Rules and regulations of the two years' vernacular class
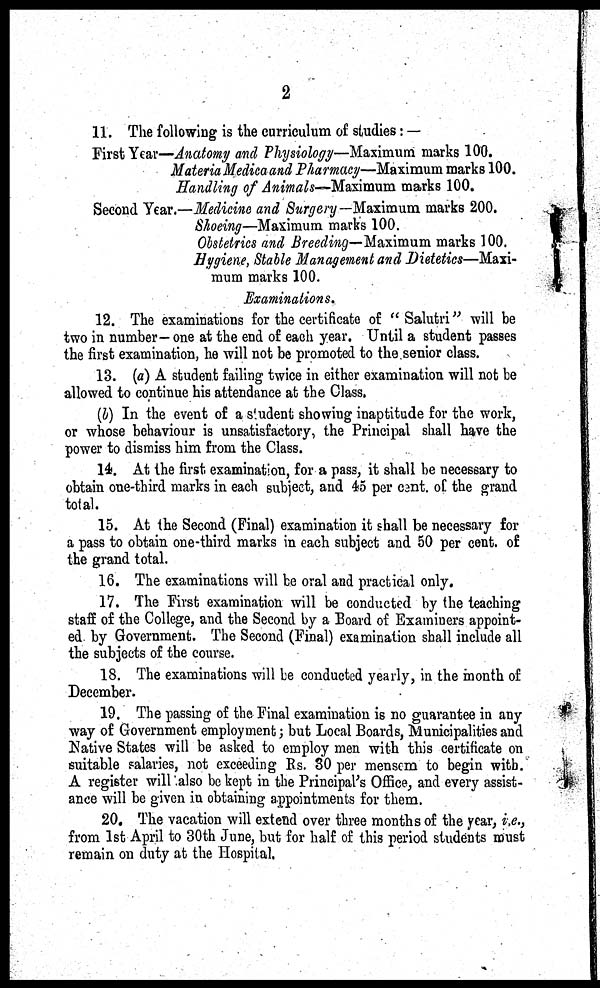
2
11. The following is the curriculum of studies: —
First Year—Anatomy and Physiology—Maximum marks 100.
Materia Medica and Pharmacy—Maximum marks 100.
Handling of Animals-Maximum marks 100.
Second Year.—Medicine and Surgery—Maximum marks 200.
Shoeing—Maximum marks 100.
Obstetrics and Breeding—Maximum marks 100.
Hygiene, Stable Management and Dietetics—Maxi-
mum marks 100.
Examinations.
12. The examinations for the certificate of " Salutri" will be
two in number—one at the end of each year. Until a student passes
the first examination, he will not be promoted to the senior class.
13. (a) A student failing twice in either examination will not be
allowed to continue his attendance at the Class.
(b) In the event of a student showing inaptitude for the work,
or whose behaviour is unsatisfactory, the Principal shall have the
power to dismiss him from the Class.
14. At the first examination, for a pass, it shall be necessary to
obtain one-third marks in each subject, and 45 per cent, of the grand
total.
15. At the Second (Final) examination it shall be necessary for
a pass to obtain one-third marks in each subject and 50 per cent, of
the grand total.
16. The examinations will be oral and practical only.
17. The First examination will be conducted by the teaching
staff of the College, and the Second by a Board of Examiners appoint-
ed by Government. The Second (Final) examination shall include all
the subjects of the course.
18. The examinations will be conducted yearly, in the month of
December.
19. The passing of the Final examination is no guarantee in any
way of Government employment; but Local Boards, Municipalities and
Native States will be asked to employ men with this certificate on
suitable salaries, not exceeding Rs. 30 per mensem to begin with.
A register will also be kept in the Principal's Office, and every assist-
ance will be given in obtaining appointments for them.
20. The vacation will extend over three months of the year, i.e.,
from 1st April to 30th June, but for half of this period students must
remain on duty at the Hospital.